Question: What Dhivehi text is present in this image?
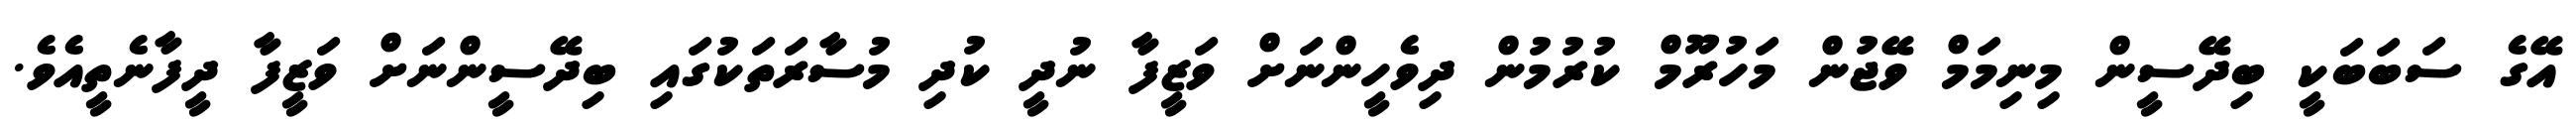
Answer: އޭގެ ސަބަބަކީ ބިދޭސީން މިނިމަމް ވޭޖުން މަހުރޫމް ކުރުމުން ދިވެހީންނަށް ވަޒީފާ ނުދީ ކުދި މުސާރަތަކުގައި ބިދޭސީންނަށް ވަޒީފާ ދީފާނެތީއެވެ.